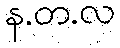
န.တ.လ